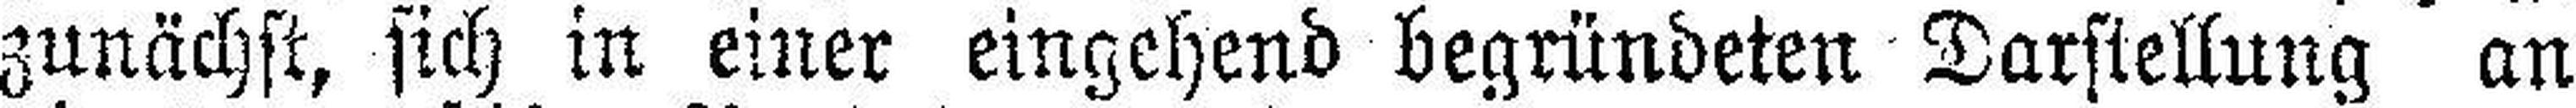
zunächst, sich in einer eingehend begründeten Darstellung an